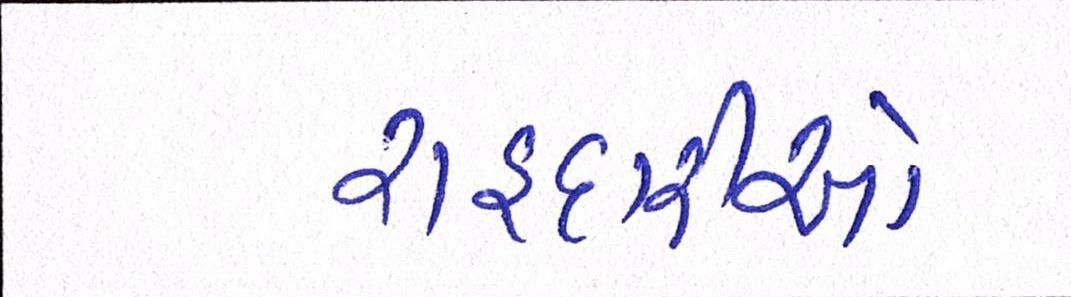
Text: રાહદારીઓ